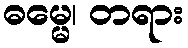
ဓမ္မေ၊ တရား